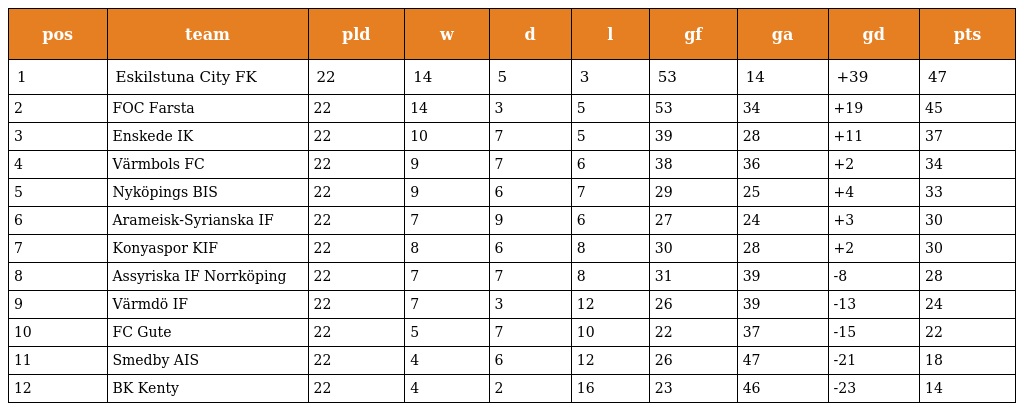
| pos | team | pld | w | d | l | gf | ga | gd | pts |
 | --- | --- | --- | --- | --- | --- | --- | --- | --- | --- |
 | 1 | Eskilstuna City FK | 22 | 14 | 5 | 3 | 53 | 14 | +39 | 47 |
 | 2 | FOC Farsta | 22 | 14 | 3 | 5 | 53 | 34 | +19 | 45 |
 | 3 | Enskede IK | 22 | 10 | 7 | 5 | 39 | 28 | +11 | 37 |
 | 4 | Värmbols FC | 22 | 9 | 7 | 6 | 38 | 36 | +2 | 34 |
 | 5 | Nyköpings BIS | 22 | 9 | 6 | 7 | 29 | 25 | +4 | 33 |
 | 6 | Arameisk-Syrianska IF | 22 | 7 | 9 | 6 | 27 | 24 | +3 | 30 |
 | 7 | Konyaspor KIF | 22 | 8 | 6 | 8 | 30 | 28 | +2 | 30 |
 | 8 | Assyriska IF Norrköping | 22 | 7 | 7 | 8 | 31 | 39 | -8 | 28 |
 | 9 | Värmdö IF | 22 | 7 | 3 | 12 | 26 | 39 | -13 | 24 |
 | 10 | FC Gute | 22 | 5 | 7 | 10 | 22 | 37 | -15 | 22 |
 | 11 | Smedby AIS | 22 | 4 | 6 | 12 | 26 | 47 | -21 | 18 |
 | 12 | BK Kenty | 22 | 4 | 2 | 16 | 23 | 46 | -23 | 14 |